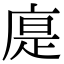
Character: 𢉴